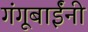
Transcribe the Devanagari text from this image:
गंगूबाईंनी